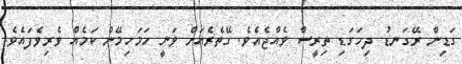
ގަޑިން ރޭގަނޑު ދިހަގަޑި ތިރީސް ވެއްޖެއެވެ. ގޭތެރެއަށް ވަނީ ހަމަހިމޭން ކަމެއް ވެރިވެފައެވެ.